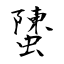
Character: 螴